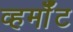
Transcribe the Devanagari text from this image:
व्हर्मॉँट